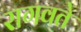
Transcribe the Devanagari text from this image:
रागवते